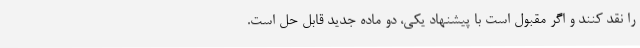
را نقد کنند و اگر مقبول است با پیشنهاد یکی، دو ماده جدید قابل حل است.